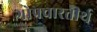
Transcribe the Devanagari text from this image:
गोप्रचारतीर्थ